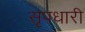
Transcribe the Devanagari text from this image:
सृपधारी